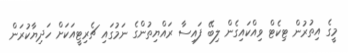
މީގެ އިތުރުން ޓިކެޓް ވިއްކައިގެން ލިބޭ ފައިސާ ރައްޔިތުންގެ ނަމުގައި ޗެރިޓީއަކަށް ހަދިޔާކުރަން